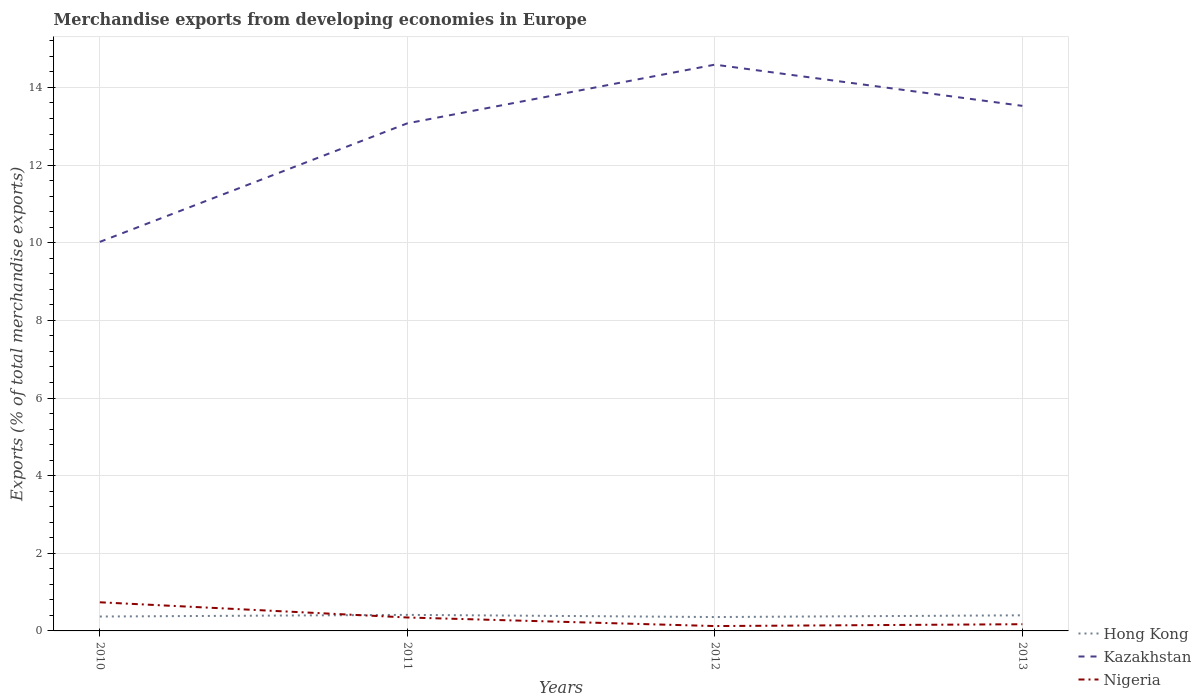
| Years | Hong Kong | Kazakhstan | Nigeria |
 | --- | --- | --- | --- |
 | 2010 | 0.371 | 10 | 0.738 |
 | 2011 | 0.414 | 13.1 | 0.346 |
 | 2012 | 0.358 | 14.6 | 0.125 |
 | 2013 | 0.402 | 13.5 | 0.173 |